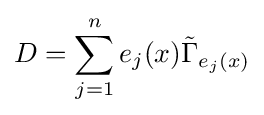
D=\sum _{j=1}^{n}e_{j}(x){\tilde {\Gamma }}_{e_{j}(x)}